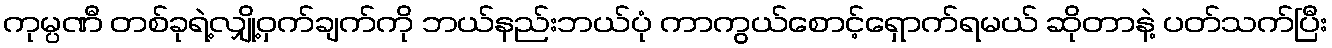
ကုမ္ပဏီ တစ်ခုရဲ့လျှို့ဝှက်ချက်ကို ဘယ်နည်းဘယ်ပုံ ကာကွယ်စောင့်ရှောက်ရမယ် ဆိုတာနဲ့ ပတ်သက်ပြီး